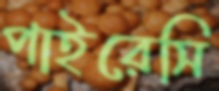
পাইরেসি